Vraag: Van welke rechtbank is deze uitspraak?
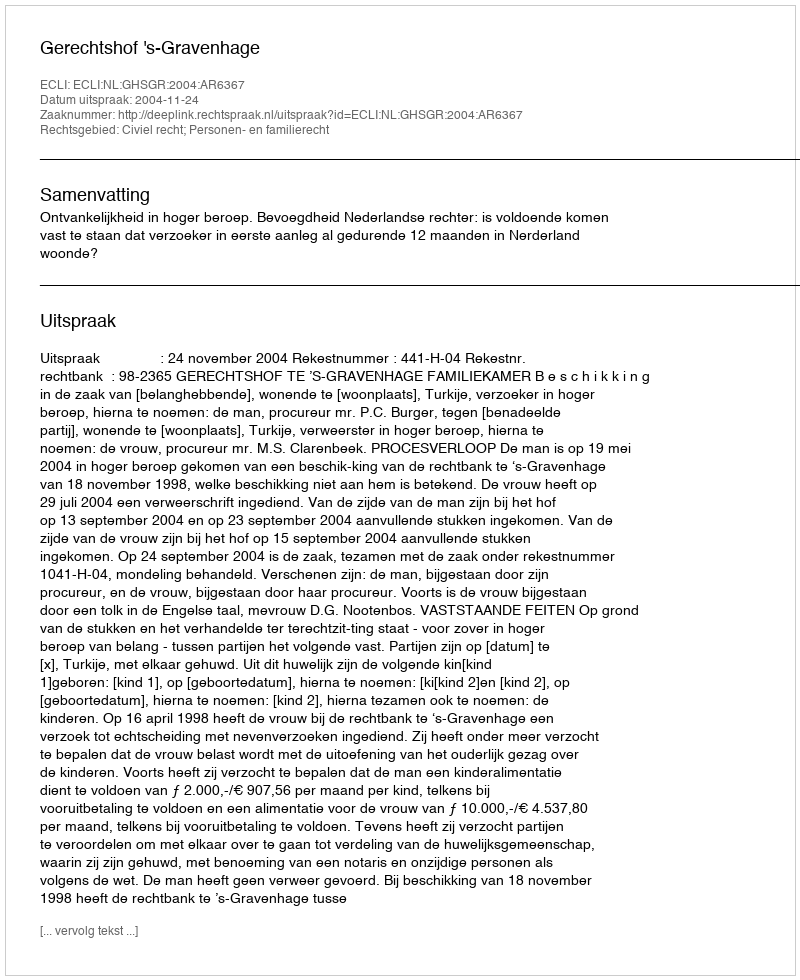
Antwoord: Gerechtshof 's-Gravenhage